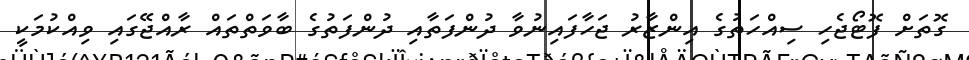
ގޮތަށް ފޮޓޯޖެހި ސިއްހަތުގެ އިންޒާރު ޖަހާފައިނުވާ ދުންފަތާއި ދުންފަތުގެ ބާވަތްތައް ރާއްޖޭގައި ވިއްކުމަކީ